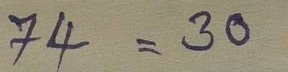
74 = 30